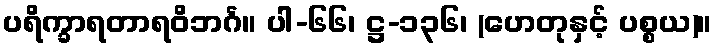
ပရိက္ခာရတာရဝိဘင်္ဂ။ ပါ-၆၆၊ ဋ္ဌ-၁၃၆၊ (ဟေတုနှင့် ပစ္စယ)။